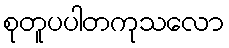
စုတူပပါတကုသလော